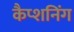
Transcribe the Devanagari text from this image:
कैप्शनिंग